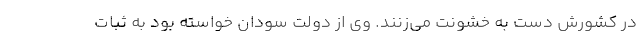
در کشورش دست به خشونت می‌زنند. وی از دولت سودان خواسته بود به ثبات